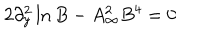
LaTeX: 2 \partial _ { y } ^ { 2 } \ln B - A _ { \infty } ^ { 2 } B ^ { 4 } = 0